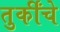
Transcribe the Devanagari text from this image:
तुर्कींचे